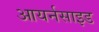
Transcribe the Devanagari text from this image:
आयर्नसाइड